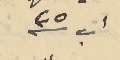
اب سنة ٣٥